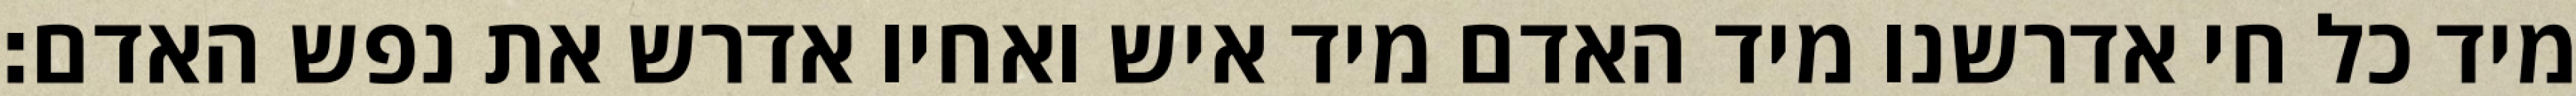
מיד כל חי אדרשנו מיד האדם מיד איש ואחיו אדרש את נפש האדם׃